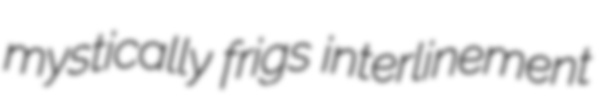
mystically frigs interlinement